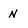
Character: N